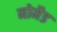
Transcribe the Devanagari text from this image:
नोमैड